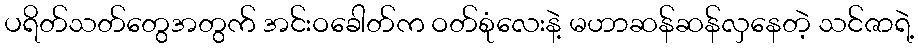
ပရိတ်သတ်တွေအတွက် အင်းဝခေါတ်က ဝတ်စုံလေးနဲ့ မဟာဆန်ဆန်လှနေတဲ့ သင်ဇာရဲ့